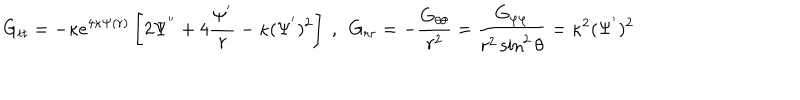
LaTeX: G _ { t t } = - \kappa e ^ { 4 \kappa \Psi ( r ) } \left[ 2 \Psi ^ { ' ^ { \prime } } + 4 \frac { \Psi ^ { ' } } { r } - \kappa ( \Psi ^ { ' } ) ^ { 2 } \right] \ , \ \ G _ { r r } = - \frac { G _ { \theta \theta } } { r ^ { 2 } } = \frac { G _ { \varphi \varphi } } { r ^ { 2 } \sin ^ { 2 } \theta } = \kappa ^ { 2 } ( \Psi ^ { ' } ) ^ { 2 }